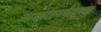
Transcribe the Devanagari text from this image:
अक्षरापर्यंतच्या